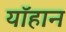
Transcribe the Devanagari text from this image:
यॉहान